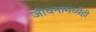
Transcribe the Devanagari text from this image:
जीवनामध्येही